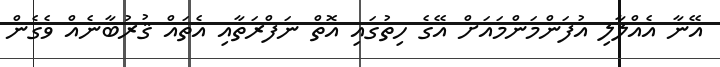
އޭނާ އެއްލާލި އުފަންމަންމައަށް އޭގެ ހިތުގައި އޮތް ނަފްރަތާއި އެތައް ޤުރުބާނެއް ވެގެން